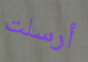
أرسلت